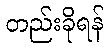
တည်းခိုရန်